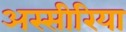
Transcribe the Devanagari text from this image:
अस्सीरिया